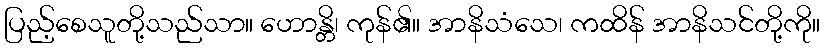
ပြည့်စေသူတို့သည်သာ။ ဟောန္တိ၊ ကုန်၏။ အာနိသံသေ၊ ကထိန် အာနိသင်တို့ကို။